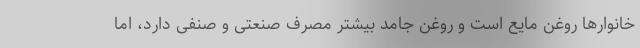
خانوارها روغن مایع است و روغن جامد بیشتر مصرف صنعتی و صنفی دارد، اما